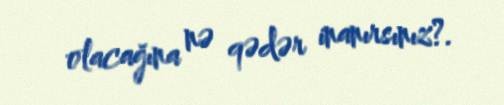
olacağına nə qədər inanırsınız?.